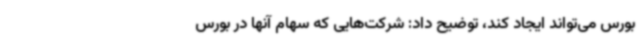
بورس می‌تواند ایجاد کند، توضیح داد: شرکت‌هایی که سهام آنها در بورس